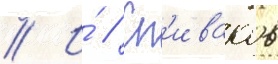
// И́ // Сп'иваков